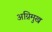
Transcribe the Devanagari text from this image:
अग्निमुख